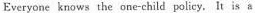
Everyone knows the one-child policy. It is a